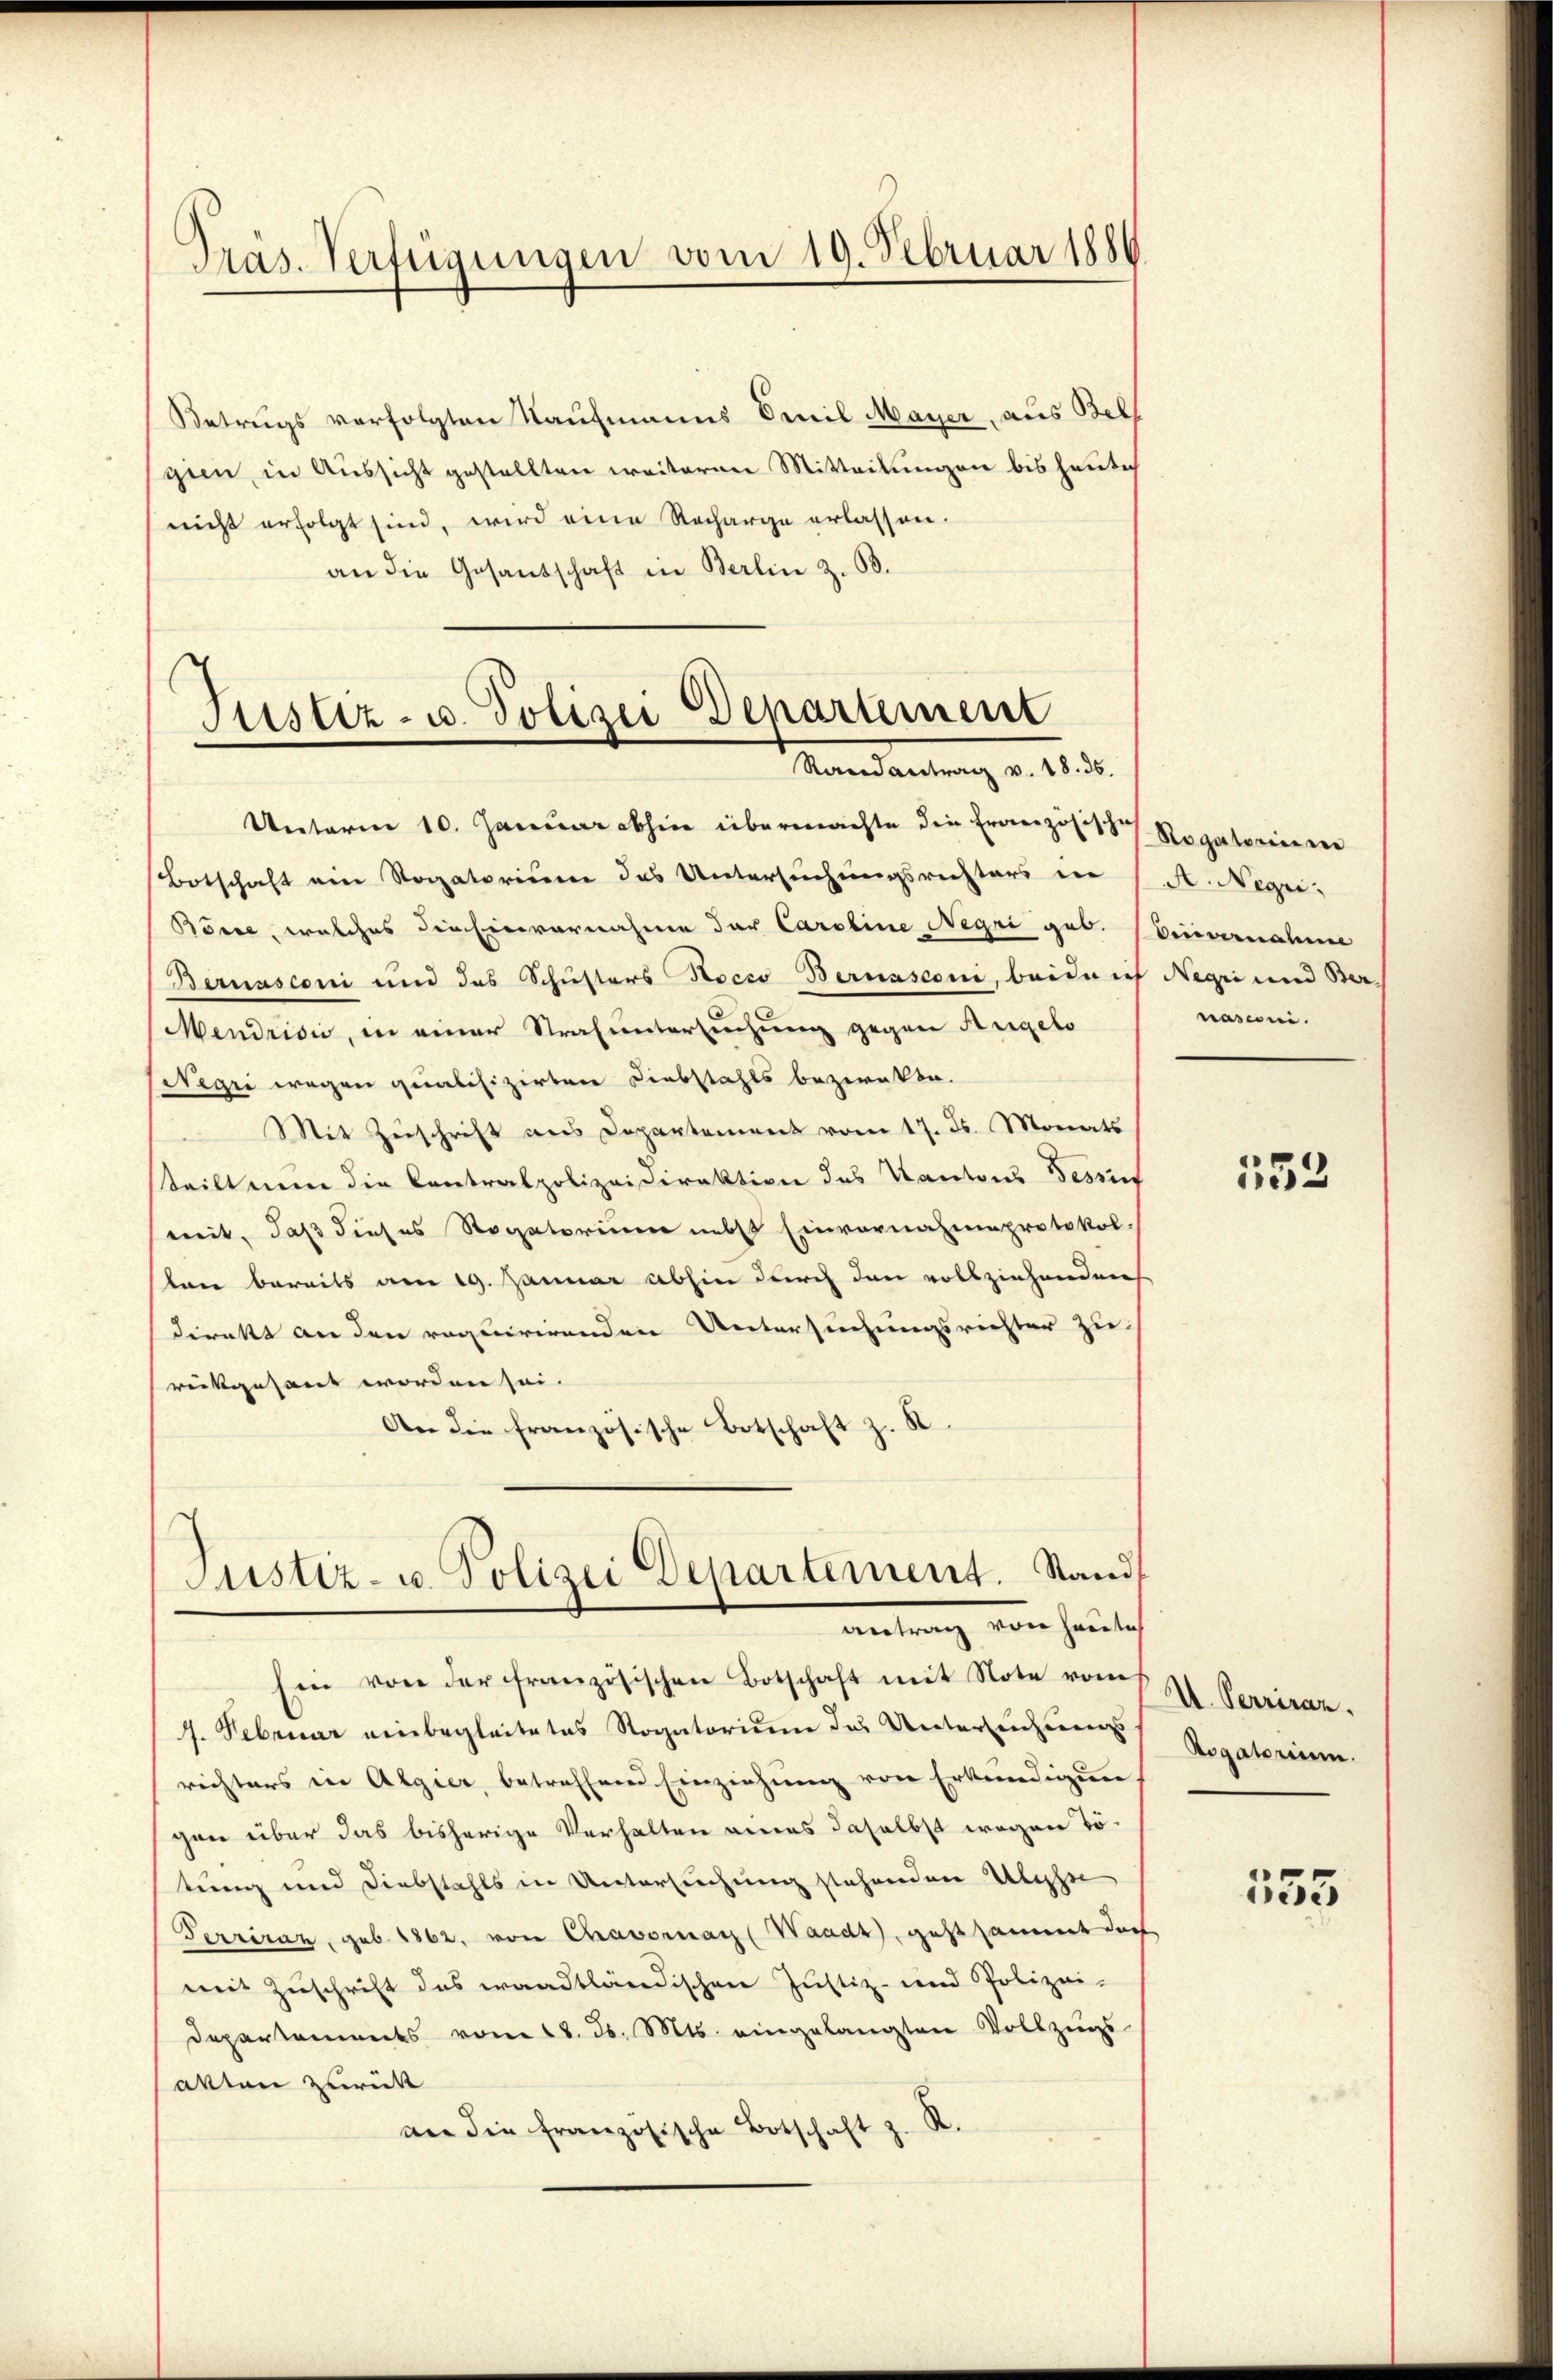
Präs. Verfügungen vom 19. Februar 1880

Betrugs verfolgten Kaufmanns Omnil Mayer, aus Belf
gien, in Aussicht gestellten weiteren Mitteilungen bis heute
nicht erfolgt sind, wird eine Recharge erlassen.
an die Gesandschaft in Berlin z. B.

Justiz- u. Polizei Departement
Randantrag v. 18. 35.

Unterm 10. Januar abhin übermachte die Französisches Rogatorinnen
Botschaft ein Rogatorium des Untersuchungsrechters in
Börse, welches die Einvernahme der Caroline Negri geb.
Bernasconi und das Schusters Nocco Bernasconi, beide ich Negii und Ber
Mendrisi, in einer Strafuntersuchung gegen Aegeto
Negri wegen qualifizirten Liebstahls bezweckte.
Mit Zuschrift aus Departement vom 17. Js. Monats
teilt nun die Contralpolizeidirektion des Kantons Tessin
mit, daß dieses Rogatorium nebst Einvernahmeprotokol
lan bereits am 19. Januar abhin durch den vollziehendeich
direkt an den requirirenden Untersuchungsrichter zurückgesant worden sei.
A
An die französische Botschaft z.
Justiz- u. Polizei Departement. Stand
entrag von heutet
Ein von der französischen Botschaft mit Note vom
4. Februar einbegleitetes Rogatorium des Untersuchungs
richters in Algier, betreffend Einziehung von Erkundigun
gen über das bisherige Verhalten eines daselbst wegen Tö-
tung und Diebstahls in Untersuchung stehenden Ulysse
Terriraz, geb. 1862, von Chravornach (Waadt, geht sammt doch
mit Zuschrift das waadtländischen Justiz- und Polizei-
Departements vom 18. d. Mts. eingelangten Vollzugs-
atten zurück
ner die französische Botschaft z. R.

A. Negr:
Vievernahme
nasioni.

153

I. Perriraz.
Rogatorium.

155